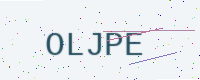
Text: OLJPE